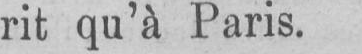
rit qu’à Paris.